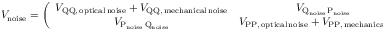
V _ { \mathrm { n o i s e } } = \left( \begin{array} { c c } { V _ { \mathrm { Q Q , \, o p t i c a l \, n o i s e } } + V _ { \mathrm { Q Q , \, m e c h a n i c a l \, n o i s e } } } & { V _ { \mathrm { Q _ { \mathrm { { n o i s e } } } \, P _ { \mathrm { { n o i s e } } } } } } \\ { V _ { \mathrm { P _ { \mathrm { { n o i s e } } } \, Q _ { \mathrm { { n o i s e } } } } } } & { V _ { \mathrm { P P , \, o p t i c a l \, n o i s e } } + V _ { \mathrm { P P , \, m e c h a n i c a l \, n o i s e } } } \end{array} \right) .